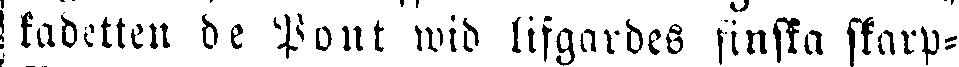
kadetten de Pont wid lifgardes finska skarp-